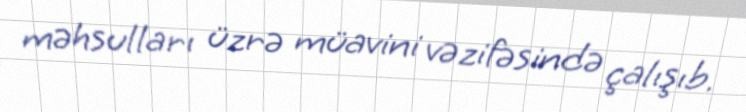
məhsulları üzrə müavini vəzifəsində çalışıb.